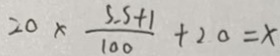
2 0 \times \frac { 5 . 5 + 1 } { 1 0 0 } + 2 0 = x